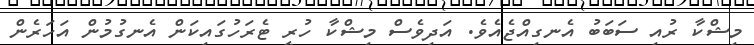
މިޝްކާ ރުއި ސަބަބު އެނގިއްޖެއެވެ. އަދިވެސް މިޝްކާ ހުރީ ޓެރަހުގައިކަން އެނގުމުން އަހަރެން